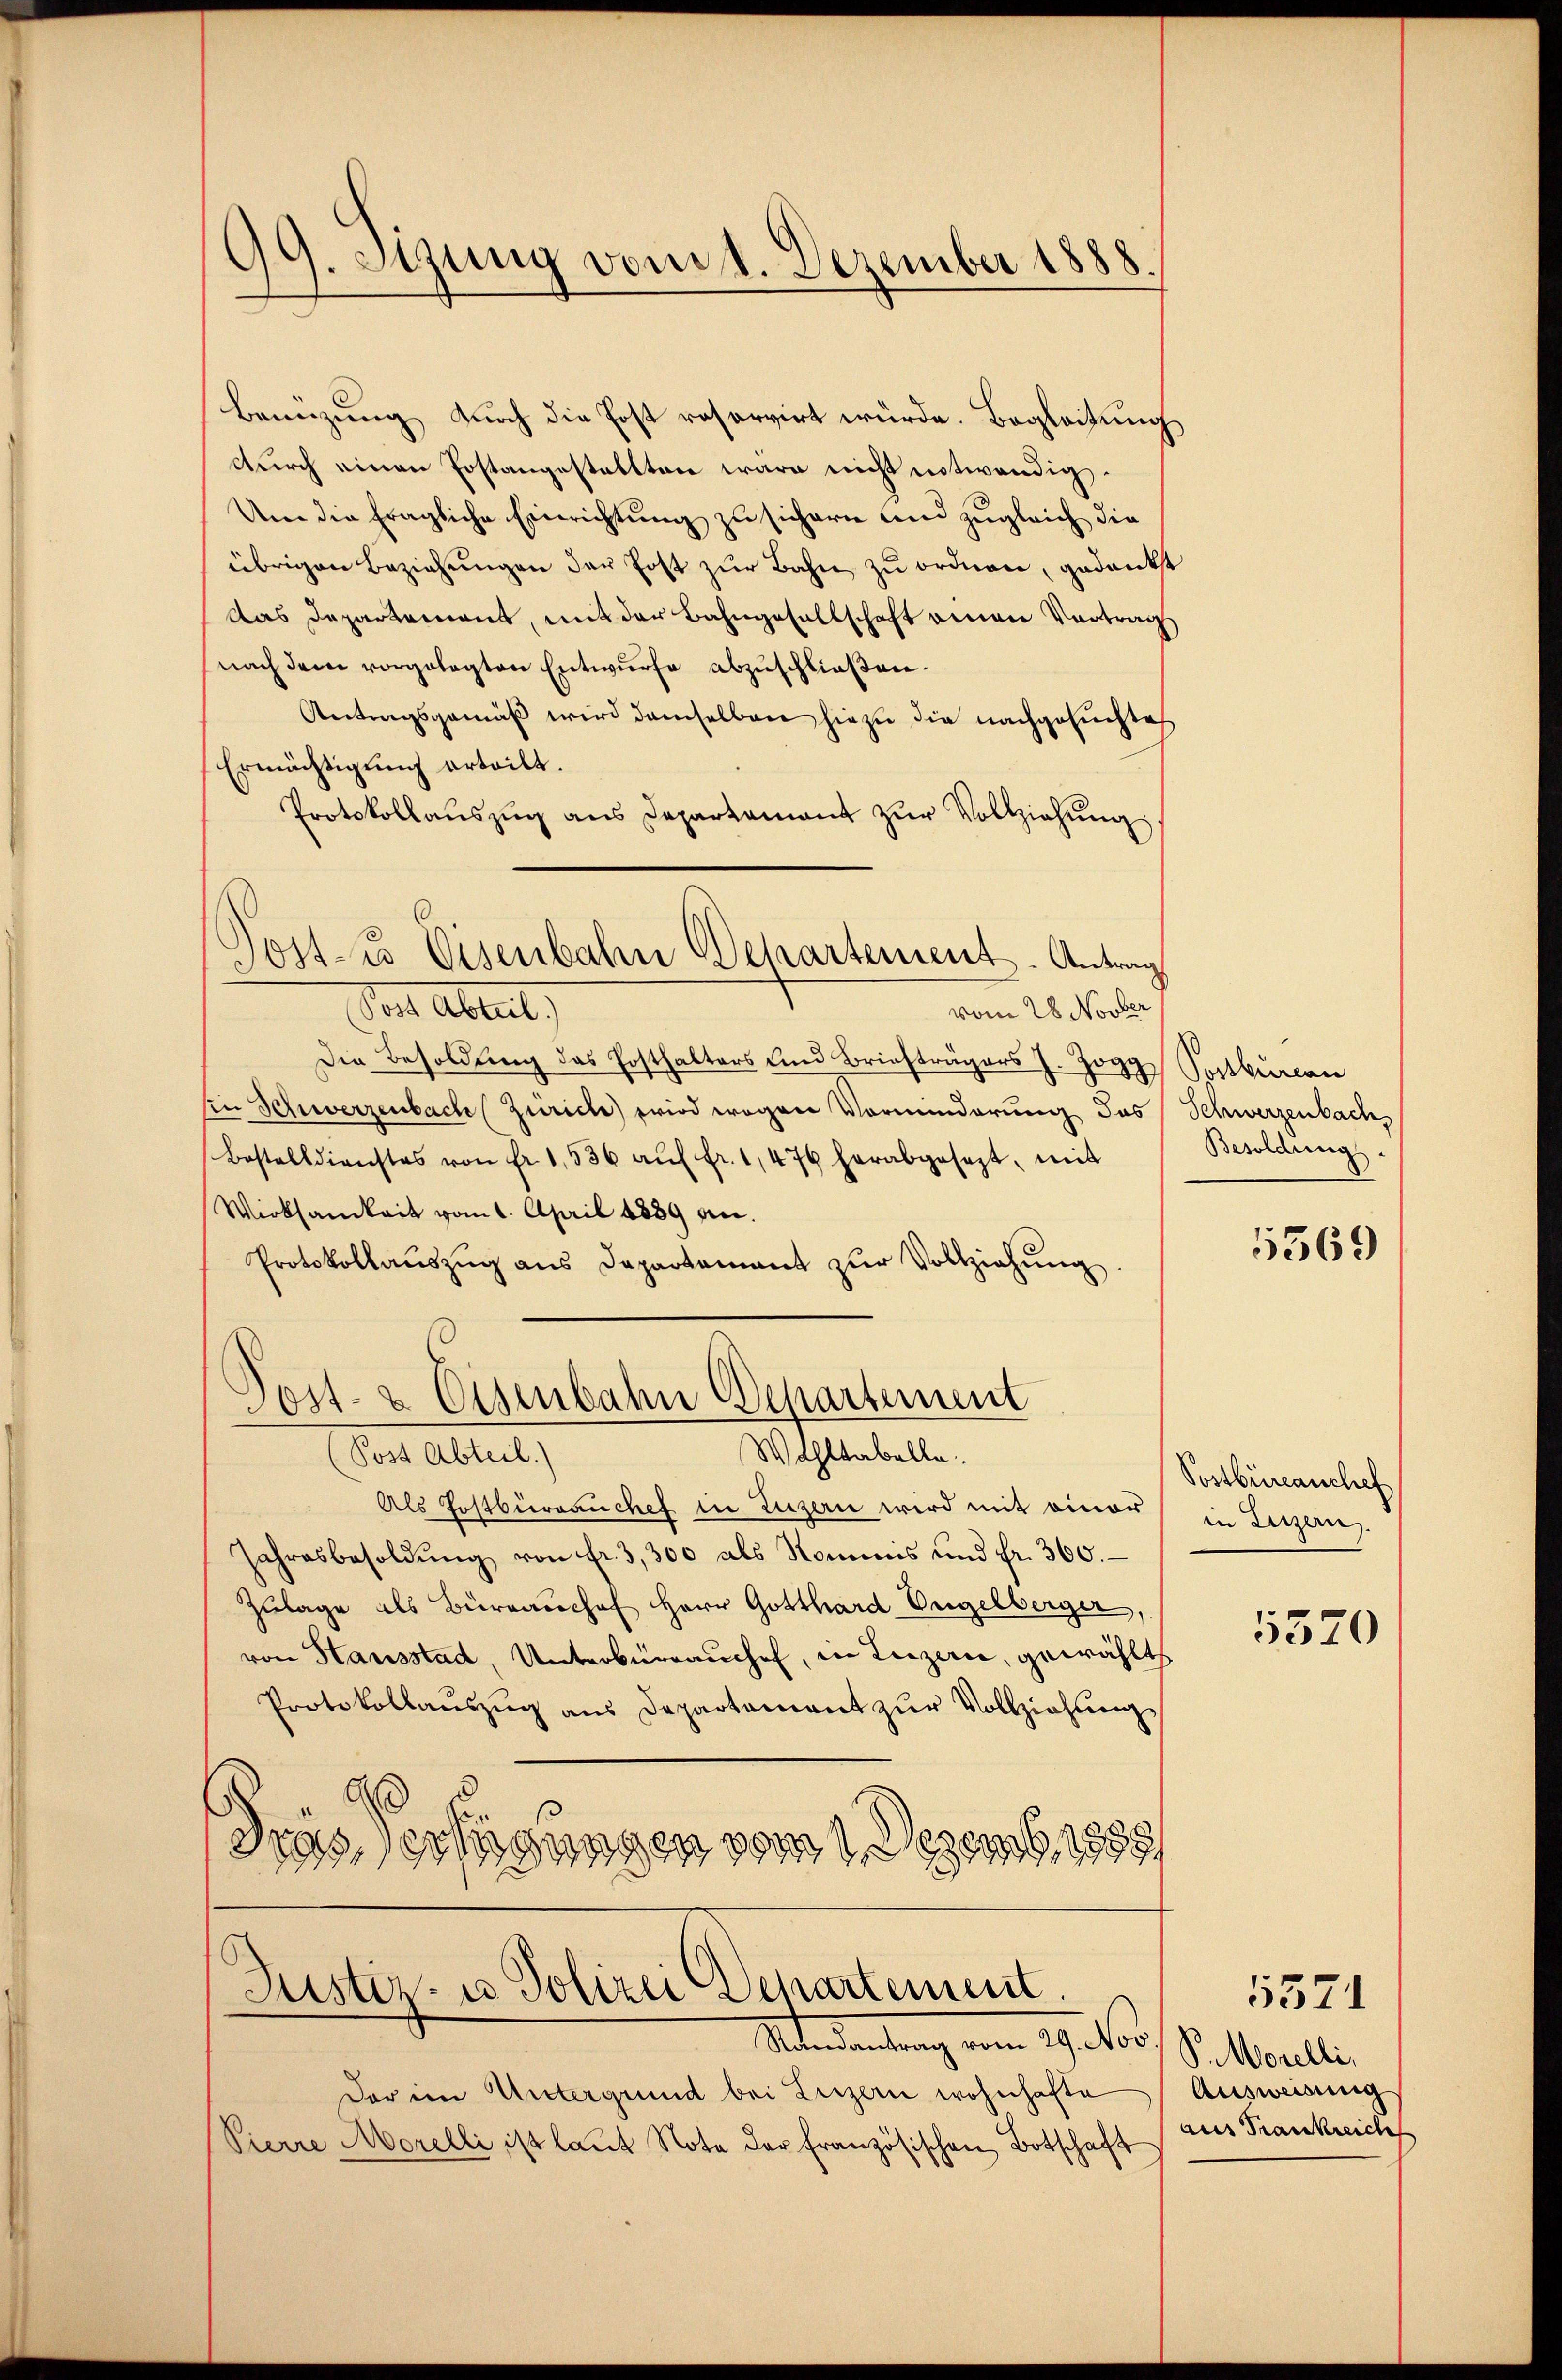
99. Sitzung vom 1. Dezember 1888

Benüzung durch die Post reservirt würde. Begleitung
durch einen Postangestellten wäre nicht notwendig.
Um die fragliche Einrichtung zu sichern und zugleich die
übrigen Beziehungen der Post zur Bahn zu ordnen, gedankt
Das Departement, mit der Bahngesellschaft einen Vortrag
nach dem vorgelegten Entwurfe abzuschließen.
Antragsgemäß wird demselben hiezu die nachgesuchtes
Ermächtigung erteilt.
Protokollauszug aus Departamant zur Vollziehung
Von Abent
vom 28 Novber
Die Besoldung das Posthalters und Briefträgers J. Zogg Sortbureau
Ein Schwerzenbach (Zürich) wird wegen Vorminderung das Schwerzenbach
Bestelldienstes von fr. 1536 aŭf fr. 1,476 herabgesezt, mit
Wirksamkeit vom 1. April 1889 an.
Protokollaŭszŭg ans Departement zŭr Vollziehŭng.
Post- & Eisenbahn Departement
Wohltabelle.
(Post Abteil)
Als Postbürrauches in Luzern wird mit einer
Jahresbesoldŭng von fr. 3,300 als Kommes und fr. 360.
Zulage als Büreaŭchef Herr Gotthard Ungelberger,
von Hausstad, Unterburrauchel, in Luzern, gewählt
Protokollaŭszŭg ans Departement zŭr Vollziehŭng
d
Grässertigungen vom 1. Dezemb. 1888

Post- u Eisenbahn Departement-Antrag

Justiz- u Polizei Departement
Stendantung vom 19. Nov. Pr. Morellin

Der im Untergrund bei Luzern wohnhafte
Pierre Morelli ist laŭt Note der französischen Botschaft

Besoldung

5569

Postbüreanchef
in Luzern.

5570

Ausweisung
aus Frankreich

5571